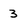
Character: 3